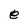
Character: e